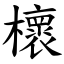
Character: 櫰